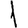
Digit: 1